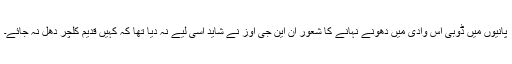
پانیوں میں ڈوبی اس وادی میں دھونے نہانے کا شعور ان این جی اوز نے شاید اسی لیے نہ دیا تھا کہ کہیں قدیم کلچر دُھل نہ جائے۔